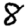
Digit: 8